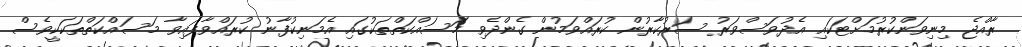
ރާއްޖެ މިނިވަންކުރުމަށްޓަކައި އެދުވަސްވަރު ސަރުކާރުން ކުރައްވަމުން ގެންދެވި މަސައްކަތްތަކުގައި އެމަނިކުފާނު ކުރައްވާފައިވާ މަސައްކަތްތަކަކީވެސް